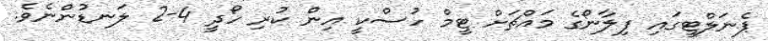
ޕެނަލްޓީގައި ފިލާނޯގެ މައްޗަށް ޓީމް ހުސްކީ އިން ކުރި ހޯދީ 4-2 ލަނޑުންނެވެ.